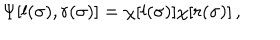
\Psi [ l ( \sigma ) , r ( \sigma ) ] = \chi [ l ( \sigma ) ] \chi [ r ( \sigma ) ] \, ,